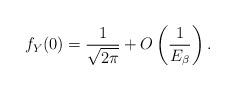
LaTeX: \begin{align*}f_Y(0)=\frac{1}{\sqrt{2\pi}}+O\left(\frac{1}{E_\beta}\right).\end{align*}